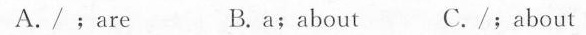
A./﹔are B. a;about C./﹔about